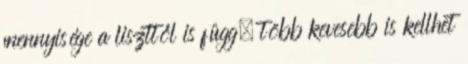
mennyisége a liszttől is függ, több kevesebb is kellhet